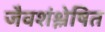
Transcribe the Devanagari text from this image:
जैवशंश्लेषित